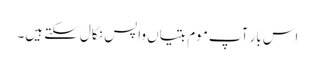
اس بار آپ موم بتیاں واپس نکال سکتے ہیں۔